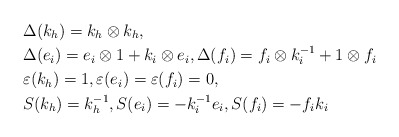
\begin{align*}&\Delta(k_h)=k_h\otimes k_h,\\&\Delta(e_i)=e_i\otimes1+k_i\otimes e_i,\Delta(f_i)=f_i\otimes k_i^{-1}+1\otimes f_i\\&\varepsilon(k_h)=1,\varepsilon(e_i)=\varepsilon(f_i)=0,\\&S(k_h)=k_h^{-1},S(e_i)=-k_i^{-1}e_i,S(f_i)=-f_ik_i\end{align*}